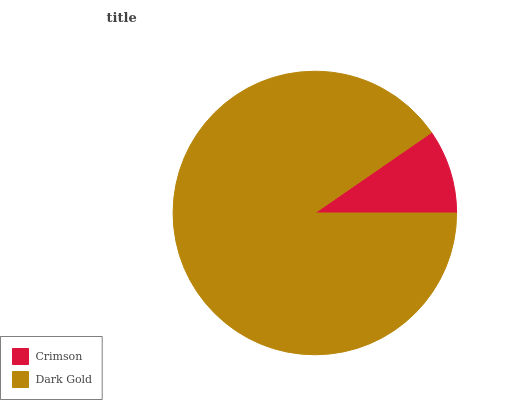
| Crimson | Dark Gold |
 | --- | --- |
 | 9.61% | 90.4% |